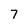
Character: 7